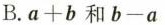
B.$$a+b$$和$$b-a$$